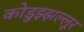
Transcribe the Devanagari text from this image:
कोडुझ्झल्लूर